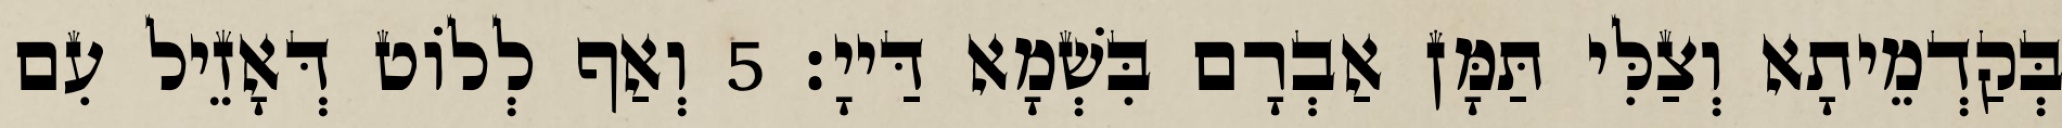
בְּקַדְמֵיתָא וְצַלִּי תַּמָּן אַבְרָם בִּשְׁמָא דַּייָ׃ 5 וְאַף לְלוֹט דְּאָזֵיל עִם